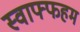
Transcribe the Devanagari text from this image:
स्वाफ्फहम